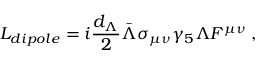
L _ { d i p o l e } = i { \frac { d _ { \Lambda } } { 2 } } \bar { \Lambda } \sigma _ { \mu \nu } \gamma _ { 5 } \Lambda F ^ { \mu \nu } \; ,